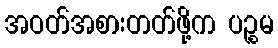
အဝတ်အစားတတ်ဖို့က ပဉ္စမ